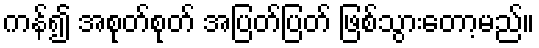
ကန်၍ အစုတ်စုတ် အပြတ်ပြတ် ဖြစ်သွားတော့မည်။